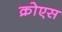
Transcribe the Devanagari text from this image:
क्रोएस